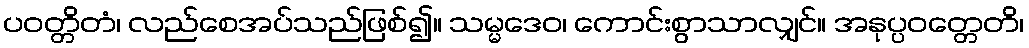
ပဝတ္တိတံ၊ လည်စေအပ်သည်ဖြစ်၍။ သမ္မဒေဝ၊ ကောင်းစွာသာလျှင်။ အနုပ္ပဝတ္တေတိ၊